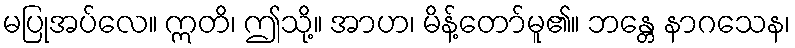
မပြုအပ်လေ။ ဣတိ၊ ဤသို့။ အာဟ၊ မိန့်တော်မူ၏။ ဘန္တေ နာဂသေန၊